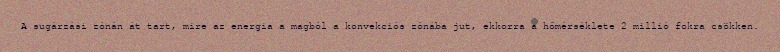
A sugárzási zónán át tart, mire az energia a magból a konvekciós zónába jut, ekkorra a hőmérséklete 2 millió fokra csökken.